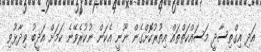
އަދި އިގްތިސާދީ މަސައްކަތްތައް އިތުރުކޮށްގެން ނޫނީ އެކަން ނުކުރެވޭނެ ކަމަށް އަދީބު ވިދާޅުވި